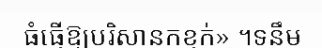
ធំធ្វើឱ្យបរិស្ថានកខ្វក់» ។ទន្ទឹម